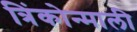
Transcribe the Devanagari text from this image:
त्रिंकोन्माली